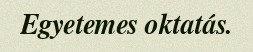
Egyetemes oktatás.